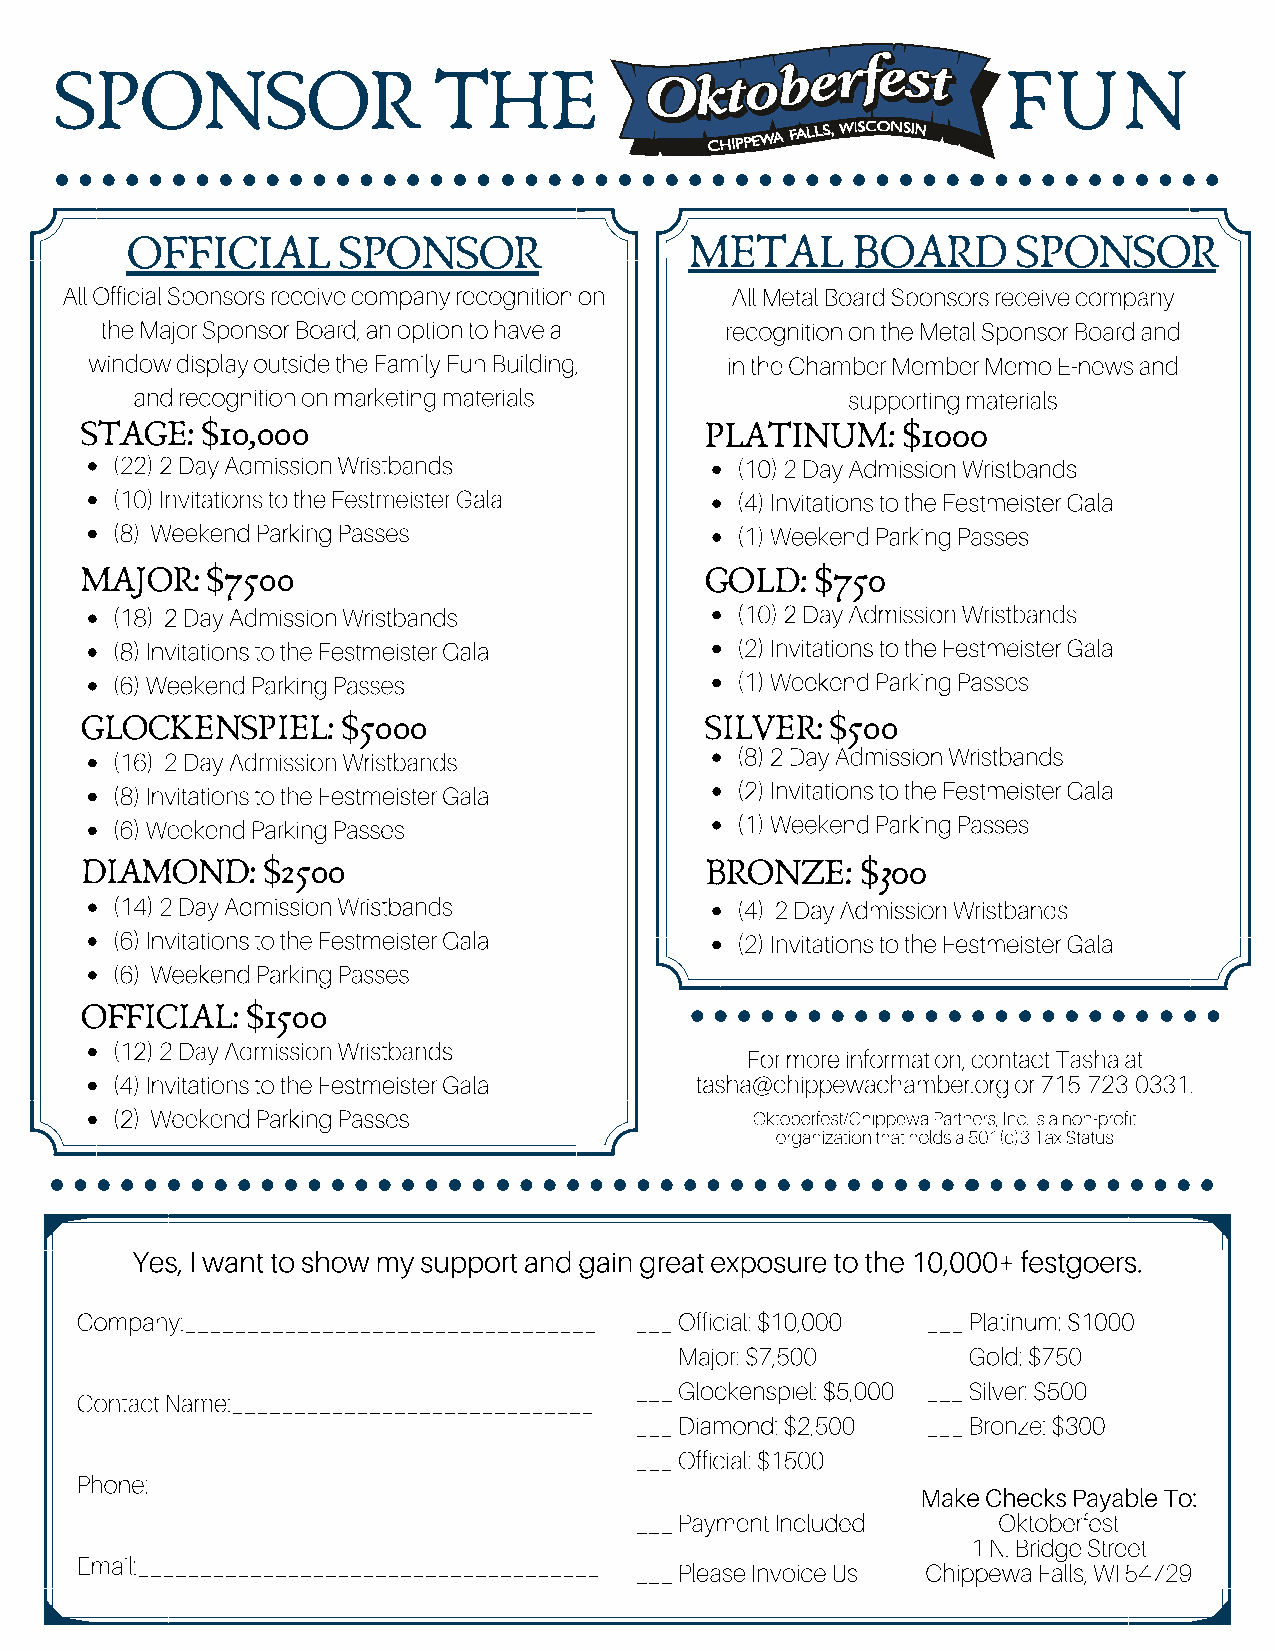
SPONSOR                   THE                                  FUN
 OFFICIAL      SPONSOR                 METAL     BOARD      SPONSOR
 All Official Sponsors receive company recognition on All Metal Board Sponsors receive company
 the Major Sponsor Board, an option to have a recognition on the Metal Sponsor Board and
 window display outside the Family Fun Building, in the Chamber Member Memo E-news and
 and recognition on marketing materials         supporting materials
 STAGE:  $10,000                           PLATINUM:    $1000
 (22) 2 Day Admission Wristbands           (10) 2 Day Admission Wristbands
 (10) Invitations to the Festmeister Gala  (4) Invitations to the Festmeister Gala
 (8) Weekend Parking Passes                (1) Weekend Parking Passes
 MAJOR:   $7500                            GOLD:  $750
 (18) 2 Day Admission Wristbands           (10) 2 Day Admission Wristbands
 (8) Invitations to the Festmeister Gala   (2) Invitations to the Festmeister Gala
 (6) Weekend Parking Passes                (1) Weekend Parking Passes
 GLOCKENSPIEL:     $5000                   SILVER: $500
 (16) 2 Day Admission Wristbands           (8) 2 Day Admission Wristbands
 (8) Invitations to the Festmeister Gala   (2) Invitations to the Festmeister Gala
 (6) Weekend Parking Passes                (1) Weekend Parking Passes
 DIAMOND:    $2500                         BRONZE:   $300
 (14) 2 Day Admission Wristbands           (4) 2 Day Admission Wristbands
 (6) Invitations to the Festmeister Gala   (2) Invitations to the Festmeister Gala
 (6) Weekend Parking Passes
 OFFICIAL:  $1500
 (12) 2 Day Admission Wristbands
 For more information, contact Tasha at
 (4) Invitations to the Festmeister Gala tasha@chippewachamber.org or 715-723-0331.
 (2) Weekend Parking Passes                 Oktoberfest/Chippewa Partners, Inc. is a non-profit
 organization that holds a 501(c)3 Tax Status
 Yes, I want to show my support and gain great exposure to the 10,000+ festgoers.
 Company:_________________________________ ___ Official: $10,000 ___ Platinum: $1000
 ___ Major: $7,500  ___ Gold: $750
 ___ Glockenspiel: $5,000 ___ Silver: $500
 Contact Name:_____________________________
 ___ Diamond: $2,500 ___ Bronze: $300
 ___ Official: $1500
 Phone:____________________________________
 Make Checks Payable To:
 ___ Payment Included    Oktoberfest
 1 N. Bridge Street
 Email:_____________________________________
 ___ Please Invoice Us Chippewa Falls, WI 54729